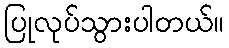
ပြုလုပ်သွားပါတယ်။